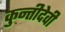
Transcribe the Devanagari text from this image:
कुन्तीदेवी